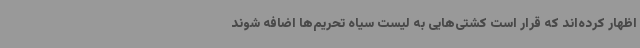
اظهار کرده‌اند که قرار است کشتی‌هایی به لیست سیاه تحریم‌ها اضافه شوند